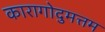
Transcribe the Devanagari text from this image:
कारागोदुमत्तम